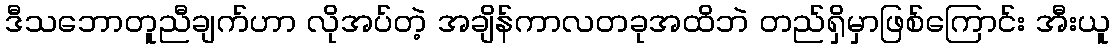
ဒီသဘောတူညီချက်ဟာ လိုအပ်တဲ့ အချိန်ကာလတခုအထိဘဲ တည်ရှိမှာဖြစ်ကြောင်း အီးယူ